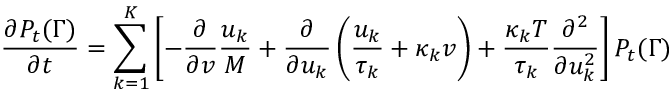
\frac { \partial P _ { t } ( \Gamma ) } { \partial t } = \sum _ { k = 1 } ^ { K } \left[ - \frac { \partial } { \partial v } \frac { u _ { k } } { M } + \frac { \partial } { \partial u _ { k } } \left( \frac { u _ { k } } { \tau _ { k } } + \kappa _ { k } v \right) + \frac { \kappa _ { k } T } { \tau _ { k } } \frac { \partial ^ { 2 } } { \partial u _ { k } ^ { 2 } } \right] P _ { t } ( \Gamma )